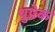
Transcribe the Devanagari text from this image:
थुप्रेक